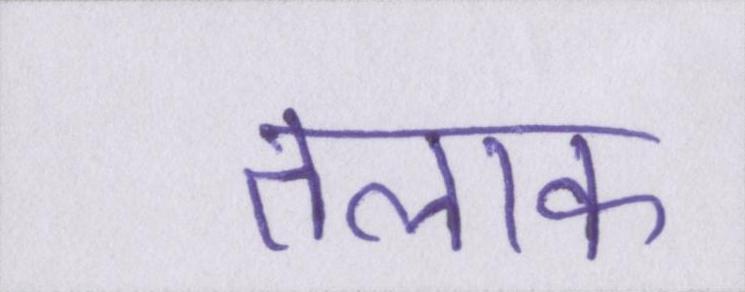
तलाक